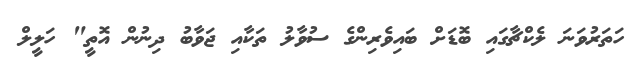
ހަތަރުވަނަ ލެކްޗާގައި ބޮޑަށް ބައިވެރިންގެ ސުވާލު ތަކާއި ޖަވާބު ދިނުން އޮތީ" ހަލީލް